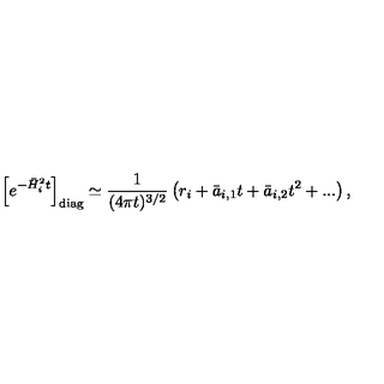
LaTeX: \left[ e ^ { - \bar { H } _ { i } ^ { 2 } t } \right] _ { \mathrm { d i a g } } \simeq { \frac { 1 } { ( 4 \pi t ) ^ { 3 / 2 } } } \left( r _ { i } + \bar { a } _ { i , 1 } t + \bar { a } _ { i , 2 } t ^ { 2 } + . . . \right) ,